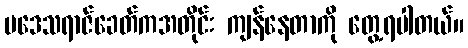
ပဒေသရာဇ်ခေတ်ကအတိုင်း ကျန်နေတာကို တွေ့ရပါတယ်။